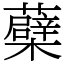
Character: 蘗